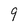
Character: 9